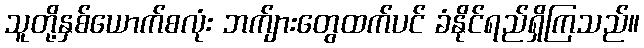
သူတို့နှစ်ယောက်စလုံး ဘက်ျားတွေထက်ပင် ခံနိုင်ရည်ရှိကြသည်။